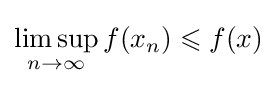
\limsup _{n\to \infty }f(x_{n})\leqslant f(x)